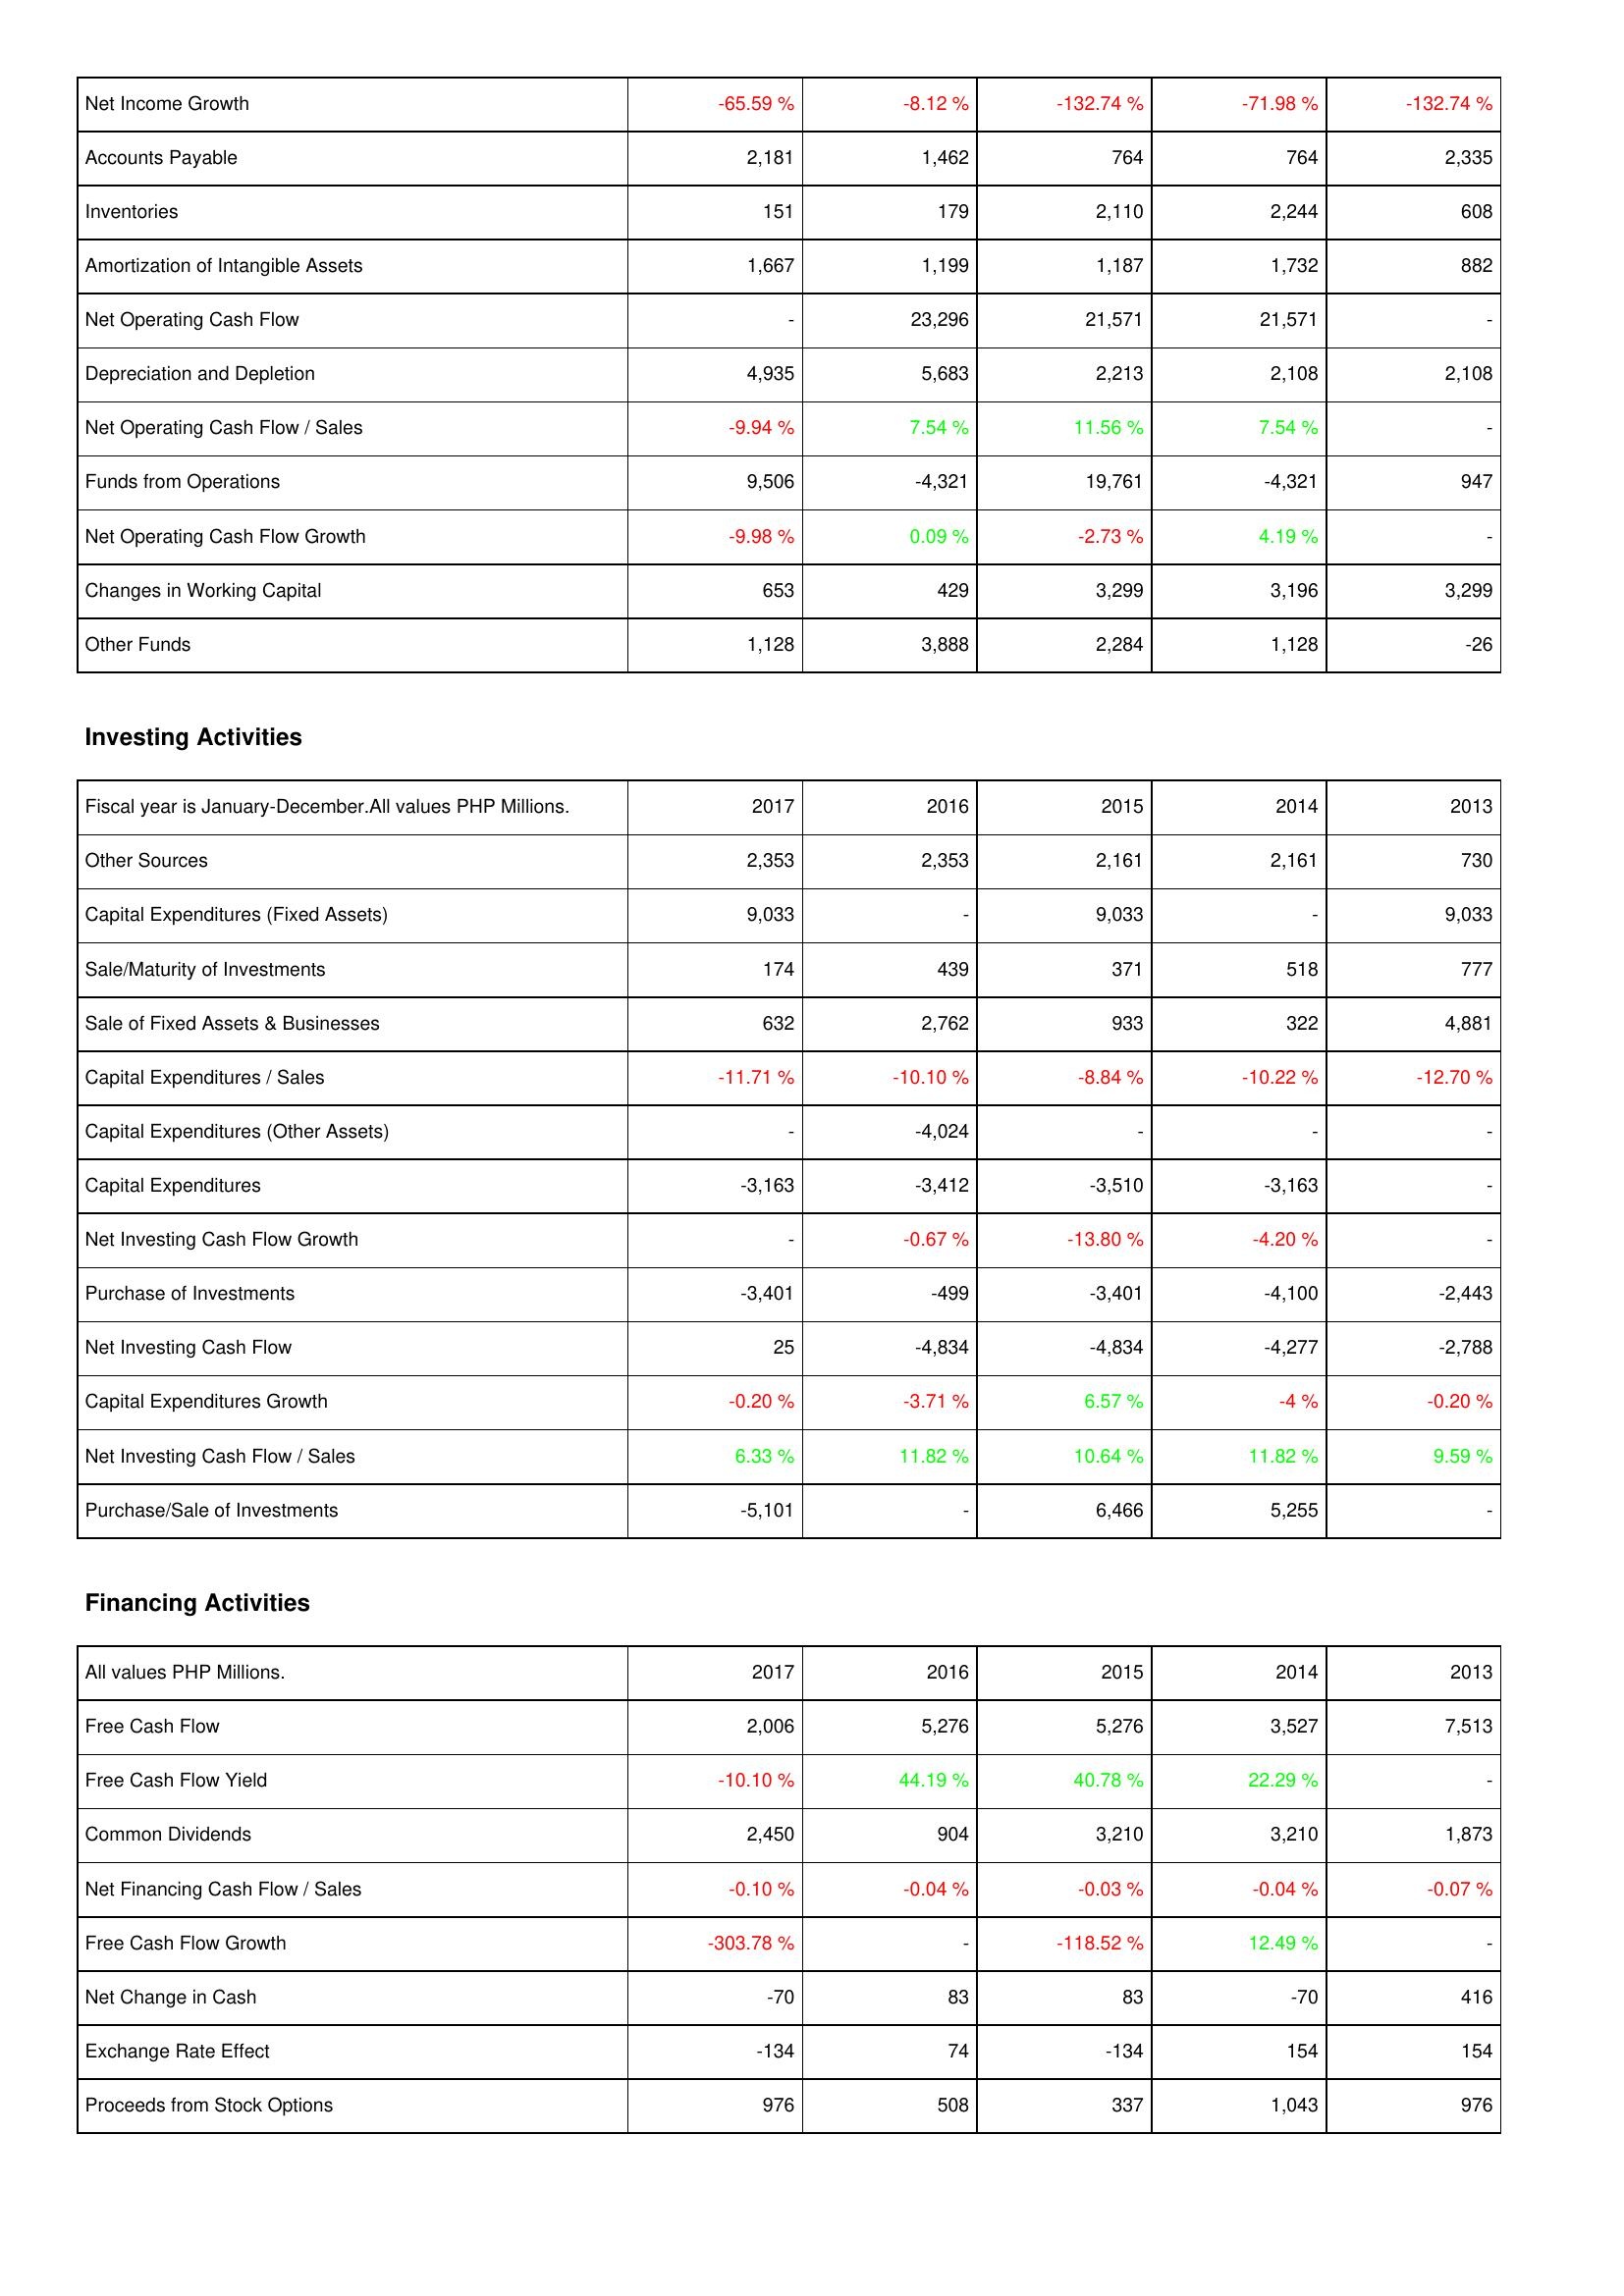
2017: Operating Activities: Net Income Growth: -65.59 %
Accounts Payable: 2,181
Inventories: 151
Amortization of Intangible Assets: 1,667
Net Operating Cash Flow: -
Depreciation and Depletion: 4,935
Net Operating Cash Flow / Sales: -9.94 %
Funds from Operations: 9,506
Net Operating Cash Flow Growth: -9.98 %
Changes in Working Capital: 653
Other Funds: 1,128
Investing Activities: Other Sources: 2,353
Capital Expenditures (Fixed Assets): 9,033
Sale/Maturity of Investments: 174
Sale of Fixed Assets & Businesses: 632
Capital Expenditures / Sales: -11.71 %
Capital Expenditures (Other Assets): -
Capital Expenditures: -3,163
Net Investing Cash Flow Growth: -
Purchase of Investments: -3,401
Net Investing Cash Flow: 25
Capital Expenditures Growth: -0.20 %
Net Investing Cash Flow / Sales: 6.33 %
Purchase/Sale of Investments: -5,101
Financing Activities: Free Cash Flow: 2,006
Free Cash Flow Yield: -10.10 %
Common Dividends: 2,450
Net Financing Cash Flow / Sales: -0.10 %
Free Cash Flow Growth: -303.78 %
Net Change in Cash: -70
Exchange Rate Effect: -134
Proceeds from Stock Options: 976
2016: Operating Activities: Net Income Growth: -8.12 %
Accounts Payable: 1,462
Inventories: 179
Amortization of Intangible Assets: 1,199
Net Operating Cash Flow: 23,296
Depreciation and Depletion: 5,683
Net Operating Cash Flow / Sales: 7.54 %
Funds from Operations: -4,321
Net Operating Cash Flow Growth: 0.09 %
Changes in Working Capital: 429
Other Funds: 3,888
Investing Activities: Other Sources: 2,353
Capital Expenditures (Fixed Assets): -
Sale/Maturity of Investments: 439
Sale of Fixed Assets & Businesses: 2,762
Capital Expenditures / Sales: -10.10 %
Capital Expenditures (Other Assets): -4,024
Capital Expenditures: -3,412
Net Investing Cash Flow Growth: -0.67 %
Purchase of Investments: -499
Net Investing Cash Flow: -4,834
Capital Expenditures Growth: -3.71 %
Net Investing Cash Flow / Sales: 11.82 %
Purchase/Sale of Investments: -
Financing Activities: Free Cash Flow: 5,276
Free Cash Flow Yield: 44.19 %
Common Dividends: 904
Net Financing Cash Flow / Sales: -0.04 %
Free Cash Flow Growth: -
Net Change in Cash: 83
Exchange Rate Effect: 74
Proceeds from Stock Options: 508
2015: Operating Activities: Net Income Growth: -132.74 %
Accounts Payable: 764
Inventories: 2,110
Amortization of Intangible Assets: 1,187
Net Operating Cash Flow: 21,571
Depreciation and Depletion: 2,213
Net Operating Cash Flow / Sales: 11.56 %
Funds from Operations: 19,761
Net Operating Cash Flow Growth: -2.73 %
Changes in Working Capital: 3,299
Other Funds: 2,284
Investing Activities: Other Sources: 2,161
Capital Expenditures (Fixed Assets): 9,033
Sale/Maturity of Investments: 371
Sale of Fixed Assets & Businesses: 933
Capital Expenditures / Sales: -8.84 %
Capital Expenditures (Other Assets): -
Capital Expenditures: -3,510
Net Investing Cash Flow Growth: -13.80 %
Purchase of Investments: -3,401
Net Investing Cash Flow: -4,834
Capital Expenditures Growth: 6.57 %
Net Investing Cash Flow / Sales: 10.64 %
Purchase/Sale of Investments: 6,466
Financing Activities: Free Cash Flow: 5,276
Free Cash Flow Yield: 40.78 %
Common Dividends: 3,210
Net Financing Cash Flow / Sales: -0.03 %
Free Cash Flow Growth: -118.52 %
Net Change in Cash: 83
Exchange Rate Effect: -134
Proceeds from Stock Options: 337
2014: Operating Activities: Net Income Growth: -71.98 %
Accounts Payable: 764
Inventories: 2,244
Amortization of Intangible Assets: 1,732
Net Operating Cash Flow: 21,571
Depreciation and Depletion: 2,108
Net Operating Cash Flow / Sales: 7.54 %
Funds from Operations: -4,321
Net Operating Cash Flow Growth: 4.19 %
Changes in Working Capital: 3,196
Other Funds: 1,128
Investing Activities: Other Sources: 2,161
Capital Expenditures (Fixed Assets): -
Sale/Maturity of Investments: 518
Sale of Fixed Assets & Businesses: 322
Capital Expenditures / Sales: -10.22 %
Capital Expenditures (Other Assets): -
Capital Expenditures: -3,163
Net Investing Cash Flow Growth: -4.20 %
Purchase of Investments: -4,100
Net Investing Cash Flow: -4,277
Capital Expenditures Growth: -4 %
Net Investing Cash Flow / Sales: 11.82 %
Purchase/Sale of Investments: 5,255
Financing Activities: Free Cash Flow: 3,527
Free Cash Flow Yield: 22.29 %
Common Dividends: 3,210
Net Financing Cash Flow / Sales: -0.04 %
Free Cash Flow Growth: 12.49 %
Net Change in Cash: -70
Exchange Rate Effect: 154
Proceeds from Stock Options: 1,043
2013: Operating Activities: Net Income Growth: -132.74 %
Accounts Payable: 2,335
Inventories: 608
Amortization of Intangible Assets: 882
Net Operating Cash Flow: -
Depreciation and Depletion: 2,108
Net Operating Cash Flow / Sales: -
Funds from Operations: 947
Net Operating Cash Flow Growth: -
Changes in Working Capital: 3,299
Other Funds: -26
Investing Activities: Other Sources: 730
Capital Expenditures (Fixed Assets): 9,033
Sale/Maturity of Investments: 777
Sale of Fixed Assets & Businesses: 4,881
Capital Expenditures / Sales: -12.70 %
Capital Expenditures (Other Assets): -
Capital Expenditures: -
Net Investing Cash Flow Growth: -
Purchase of Investments: -2,443
Net Investing Cash Flow: -2,788
Capital Expenditures Growth: -0.20 %
Net Investing Cash Flow / Sales: 9.59 %
Purchase/Sale of Investments: -
Financing Activities: Free Cash Flow: 7,513
Free Cash Flow Yield: -
Common Dividends: 1,873
Net Financing Cash Flow / Sales: -0.07 %
Free Cash Flow Growth: -
Net Change in Cash: 416
Exchange Rate Effect: 154
Proceeds from Stock Options: 976